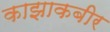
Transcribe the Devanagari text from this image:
काझाकबीर